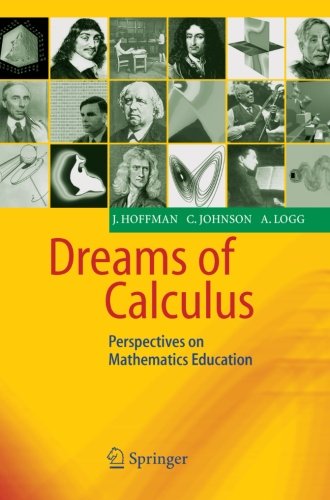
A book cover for Dreams of Calculus: Perspectives on Mathematics Education; Johan Hoffman; Science & Math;